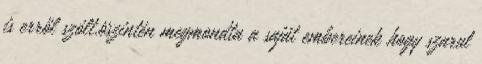
is erről szólt.öszintén megmondta a saját embereinek hogy szarul